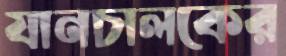
যানচালকের